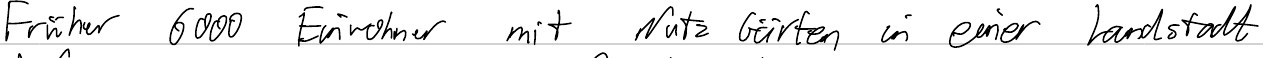
Früher 6000 Einwohner mit Nutz Gärten in einer Landstadt